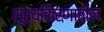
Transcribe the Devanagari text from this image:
सूर्यकिरणातील